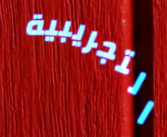
التجريبية